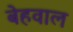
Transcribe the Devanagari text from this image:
बेहवाल